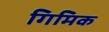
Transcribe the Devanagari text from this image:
गिमिक